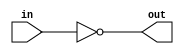
module not_gate
(
input in,
output reg out
);

always@* out = ~in; 
endmodule